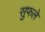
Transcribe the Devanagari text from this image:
सुफले